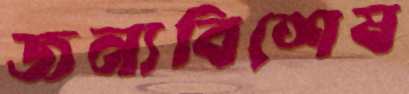
জন্যবিশেষ